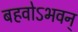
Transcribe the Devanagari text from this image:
बहवोऽभवन्